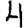
Digit: 4